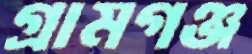
গ্রামগঞ্জ